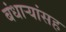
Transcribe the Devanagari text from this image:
बंधार्‍यांसह